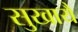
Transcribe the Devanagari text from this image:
सुखायै